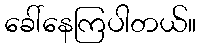
ခေါ်နေကြပါတယ်။